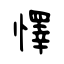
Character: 懌